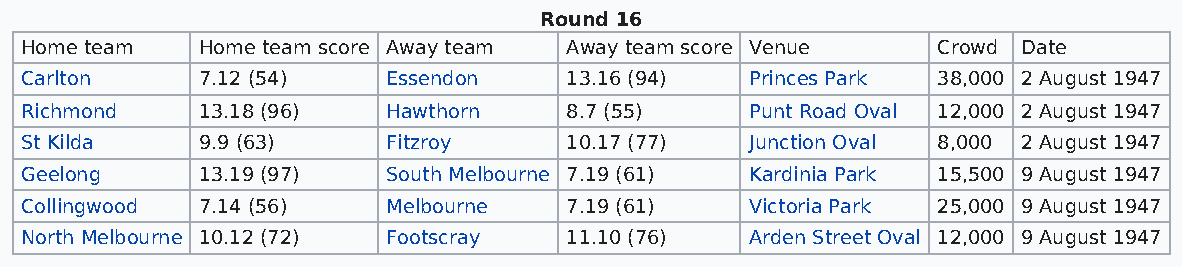
Round 16
 Home team   Home team score Away team Away team score Venue  Crowd Date
 Carlton     7.12 (54)    Essendon   13.16 (94)   Princes Park 38,000 2 August 1947
 Richmond    13.18 (96)   Hawthorn   8.7 (55)     Punt Road Oval 12,000 2 August 1947
 St Kilda    9.9 (63)     Fitzroy    10.17 (77)   Junction Oval 8,000 2 August 1947
 Geelong     13.19 (97)   South Melbourne 7.19 (61) Kardinia Park 15,500 9 August 1947
 Collingwood 7.14 (56)    Melbourne  7.19 (61)    Victoria Park 25,000 9 August 1947
 North Melbourne 10.12 (72) Footscray 11.10 (76)  Arden Street Oval 12,000 9 August 1947